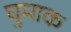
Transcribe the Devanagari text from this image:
घुमाक